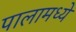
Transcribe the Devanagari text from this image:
पालामध्ये